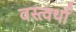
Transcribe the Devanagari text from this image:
वस्त्वर्था